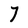
Character: 7